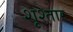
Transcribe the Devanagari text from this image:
शूश्तार